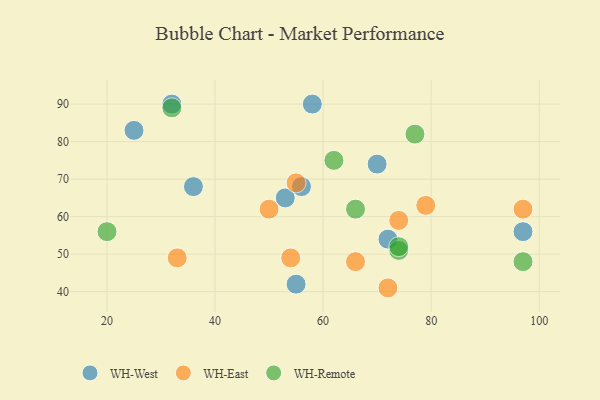
{"axis": {"x": "GDP", "y": "Life Expectancy"}, "legend": ["WH-East", "WH-Remote", "WH-West"], "data": [{"x": "32", "y": 90, "type": "WH-West"}, {"x": "25", "y": 83, "type": "WH-West"}, {"x": "97", "y": 56, "type": "WH-West"}, {"x": "36", "y": 68, "type": "WH-West"}, {"x": "55", "y": 42, "type": "WH-West"}, {"x": "70", "y": 74, "type": "WH-West"}, {"x": "53", "y": 65, "type": "WH-West"}, {"x": "56", "y": 68, "type": "WH-West"}, {"x": "58", "y": 90, "type": "WH-West"}, {"x": "72", "y": 54, "type": "WH-West"}, {"x": "55", "y": 69, "type": "WH-East"}, {"x": "33", "y": 49, "type": "WH-East"}, {"x": "97", "y": 62, "type": "WH-East"}, {"x": "74", "y": 59, "type": "WH-East"}, {"x": "50", "y": 62, "type": "WH-East"}, {"x": "72", "y": 41, "type": "WH-East"}, {"x": "79", "y": 63, "type": "WH-East"}, {"x": "54", "y": 49, "type": "WH-East"}, {"x": "66", "y": 48, "type": "WH-East"}, {"x": "77", "y": 82, "type": "WH-Remote"}, {"x": "62", "y": 75, "type": "WH-Remote"}, {"x": "74", "y": 51, "type": "WH-Remote"}, {"x": "20", "y": 56, "type": "WH-Remote"}, {"x": "74", "y": 52, "type": "WH-Remote"}, {"x": "32", "y": 89, "type": "WH-Remote"}, {"x": "97", "y": 48, "type": "WH-Remote"}, {"x": "66", "y": 62, "type": "WH-Remote"}]}